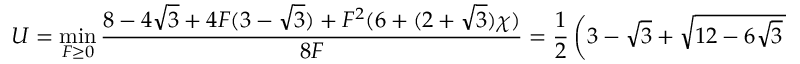
U = \operatorname* { m i n } _ { F \geq 0 } \frac { 8 - 4 \sqrt { 3 } + 4 F ( 3 - \sqrt { 3 } ) + F ^ { 2 } ( 6 + ( 2 + \sqrt { 3 } ) \chi ) } { 8 F } = \frac { 1 } { 2 } \left( 3 - \sqrt { 3 } + \sqrt { 1 2 - 6 \sqrt { 3 } + \chi } \right) .